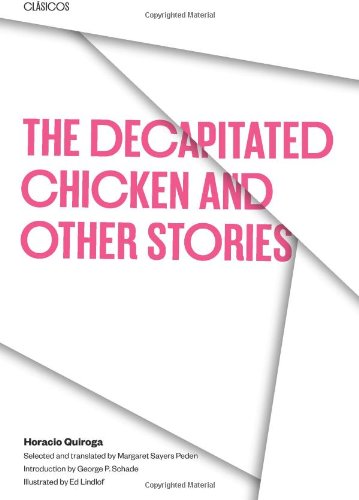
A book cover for The Decapitated Chicken and Other Stories (Texas Pan American Series); Horacio Quiroga; Literature & Fiction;